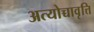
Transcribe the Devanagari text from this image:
अत्योच्चावृत्ति